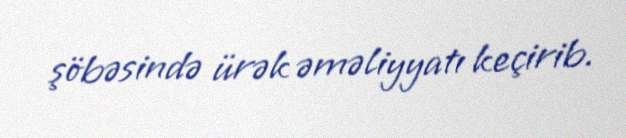
şöbəsində ürək əməliyyatı keçirib.